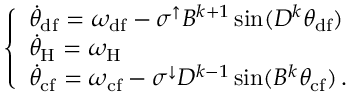
\begin{array} { r } { \left\{ \begin{array} { l l } { \Dot { \theta } _ { \mathrm { d f } } = \omega _ { \mathrm { d f } } - \sigma ^ { \uparrow } B ^ { k + 1 } \sin ( D ^ { k } \theta _ { \mathrm { d f } } ) } \\ { \Dot { \theta } _ { \mathrm { H } } = \omega _ { \mathrm { H } } } \\ { \Dot { \theta } _ { \mathrm { c f } } = \omega _ { \mathrm { c f } } - \sigma ^ { \downarrow } D ^ { k - 1 } \sin ( B ^ { k } \theta _ { \mathrm { c f } } ) \, . } \end{array} \right. } \end{array}